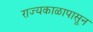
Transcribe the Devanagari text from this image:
राज्यकाळापासून